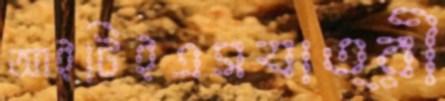
আইটিইএসযাত্রী